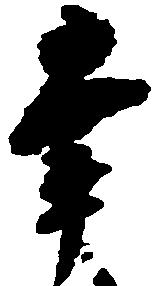
幸